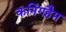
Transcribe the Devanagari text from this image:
कनिंगहैम